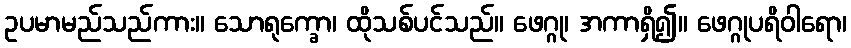
ဥပမာမည်သည်ကား။ သောရုက္ခော၊ ထိုသစ်ပင်သည်။ ဖေဂ္ဂု၊ အကာရှိ၍။ ဖေဂ္ဂုပရိဝါရော၊